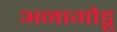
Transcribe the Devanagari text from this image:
अनागोडू